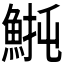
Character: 𫙡